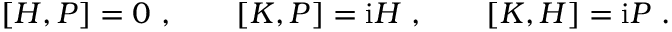
[ H , P ] = 0 \ , \qquad [ K , P ] = \mathrm { i } H \ , \qquad [ K , H ] = \mathrm { i } P \ .